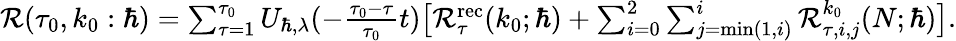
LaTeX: \begin{array}{r}{\mathcal{R}(\tau_{0},k_{0}:\hbar)=\sum_{\tau=1}^{\tau_{0}}U_{\hbar,\lambda}(-\frac{\tau_{0}-\tau}{\tau_{0}}t)\big[\mathcal{R}_{\tau}^{\mathrm{rec}}(k_{0};\hbar)+\sum_{i=0}^{2}\sum_{j=\operatorname*{min}(1,i)}^{i}\mathcal{R}_{\tau,i,j}^{k_{0}}(N;\hbar)\big].}\end{array}